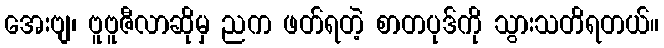
အေးဗျ၊ ဗူဗူဇီလာဆိုမှ ညက ဖတ်ရတဲ့ စာတပုဒ်ကို သွားသတိရတယ်။